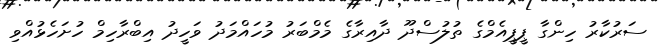
ސަރުކާރު ހިންގާ ޕީޕީއެމްގެ ތުލުސްދޫ ދާއިރާގެ މެމްބަރު މުހައްމަދު ވަހީދު އިބްރާހިމް ހުށަހެޅުއްވި